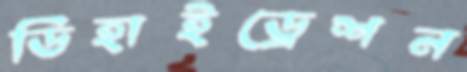
ডিহাইড্রেশন